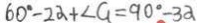
6 0 ^ { \circ } - 2 \alpha + \angle G = 9 0 ^ { \circ } - 3 \alpha